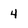
Character: 4